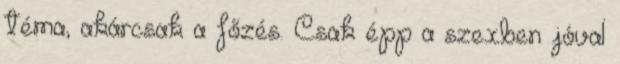
téma, akárcsak a főzés. Csak épp a szexben jóval